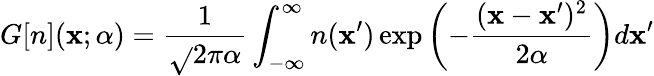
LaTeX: G[n](\mathbf{x};\alpha)=\frac{{1}}{{\sqrt{}{{2\pi\alpha}}}}\int_{-\infty}^{\infty}n(\mathbf{x}^{\prime})\exp\left(-\frac{{(\mathbf{x}-\mathbf{x}^{\prime})^{2}}}{{2\alpha}}\right)d\mathbf{x}^{\prime}